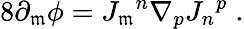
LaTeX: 8\partial_{\mathfrak{m}}\phi={J_{\mathfrak{m}}}^{n}\nabla_{p}{J_{n}}^{p}\; .